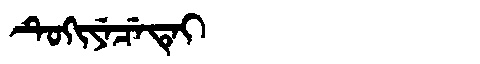
Manchu: ᡨᡠᡴᡳᠶᡝᠴᡝᡨᡝᡳ
Romanization: TUKIYECETEI